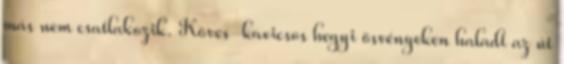
más nem csatlakozik. Köves-kavicsos hegyi ösvényeken haladt az út